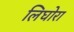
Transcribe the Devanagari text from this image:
लिघोरा